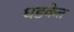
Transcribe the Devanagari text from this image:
धडकेत